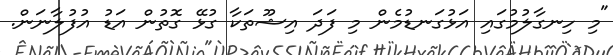
"މި ހިނގާލުމުގައި އަޅުގަނޑުމެން މި ފަދަ އިޝޫތަކާ ގުޅޭ ގޮތުން އަޑު އުފުލާނަން.